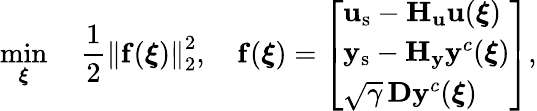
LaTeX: \operatorname*{min}_{\boldsymbol{\xi}}\quad\frac{1}{2}\left\| \mathbf{f}(\boldsymbol{\xi})\right\| _{2}^{2},\quad\mathbf{f}(\boldsymbol{\xi})=\left[\begin{array}{l}{\mathbf{u}_{\mathrm{s}}-\mathbf{H}_{\mathbf{u}}\mathbf{u}(\boldsymbol{\xi})}\\ {\mathbf{y}_{\mathrm{s}}-\mathbf{H}_{\mathbf{y}}\mathbf{y}^{c}(\boldsymbol{\xi})}\\ {\sqrt{\gamma}\, \mathbf{D}\mathbf{y}^{c}(\boldsymbol{\xi})}\end{array}\right],